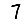
Digit: 7